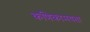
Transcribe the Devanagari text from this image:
कणिकामयता